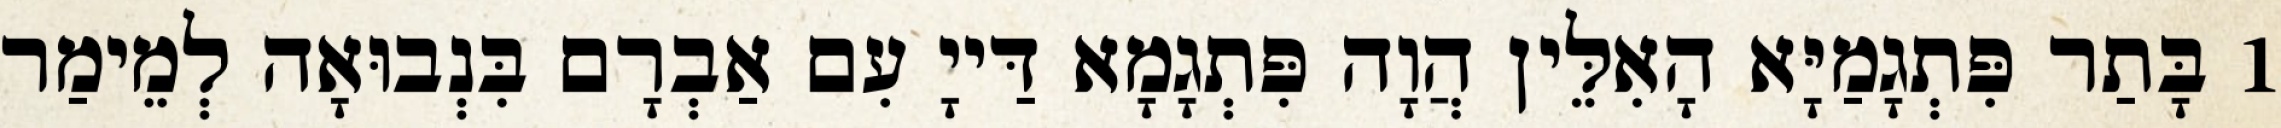
1 בָּתַר פִּתְגָמַיָּא הָאִלֵּין הֲוָה פִּתְגָמָא דַּייָ עִם אַבְרָם בִּנְבוּאָה לְמֵימַר